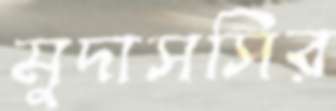
মুদাসসির